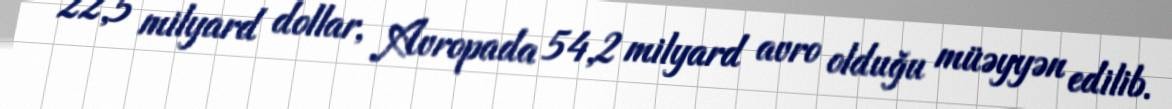
22,5 milyard dollar, Avropada 54,2 milyard avro olduğu müəyyən edilib.